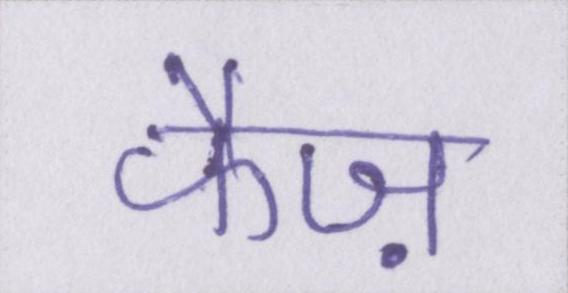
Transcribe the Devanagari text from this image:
फैज़